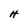
Character: H